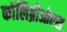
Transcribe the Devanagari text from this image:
कॉलिब्रीओएस